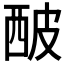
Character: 𤿢